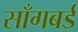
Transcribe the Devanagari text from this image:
साँगबर्ड